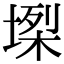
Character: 𡏫